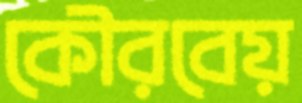
কৌরবেয়